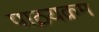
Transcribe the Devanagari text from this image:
पाठ़यक्रम